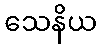
သေနိယ